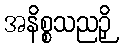
အနိစ္စသညဉှိ